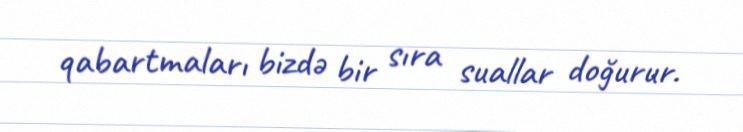
qabartmaları bizdə bir sıra suallar doğurur.